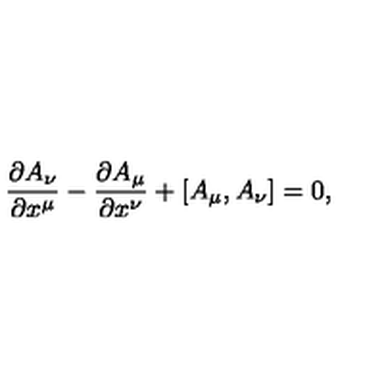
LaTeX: \frac { \partial A _ { \nu } } { \partial x ^ { \mu } } - \frac { \partial A _ { \mu } } { \partial x ^ { \nu } } + [ A _ { \mu } , A _ { \nu } ] = 0 ,